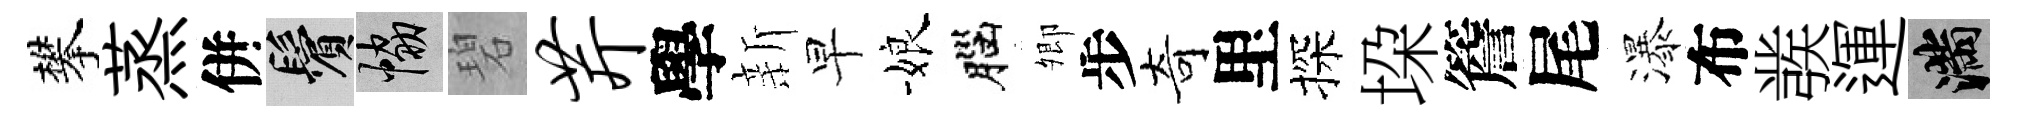
攀蒸併鬢協碧芹學新早娘腦𡖖步奇里探垜簷尾瀑布彂運滿